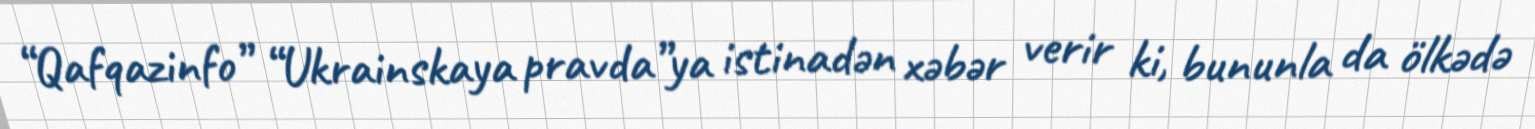
“Qafqazinfo” “Ukrainskaya pravda”ya istinadən xəbər verir ki, bununla da ölkədə